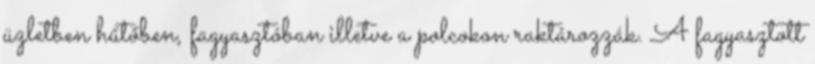
üzletben hűtőben, fagyasztóban illetve a polcokon raktározzák. A fagyasztott